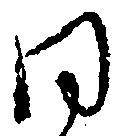
同